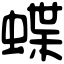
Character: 蝶